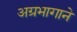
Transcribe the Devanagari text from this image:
अग्रभागाने